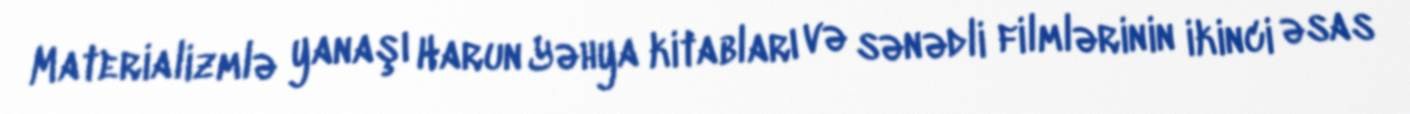
Materializmlə yanaşı Harun Yəhya kitabları və sənədli filmlərinin ikinci əsas